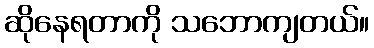
ဆိုနေရတာကို သဘောကျတယ်။